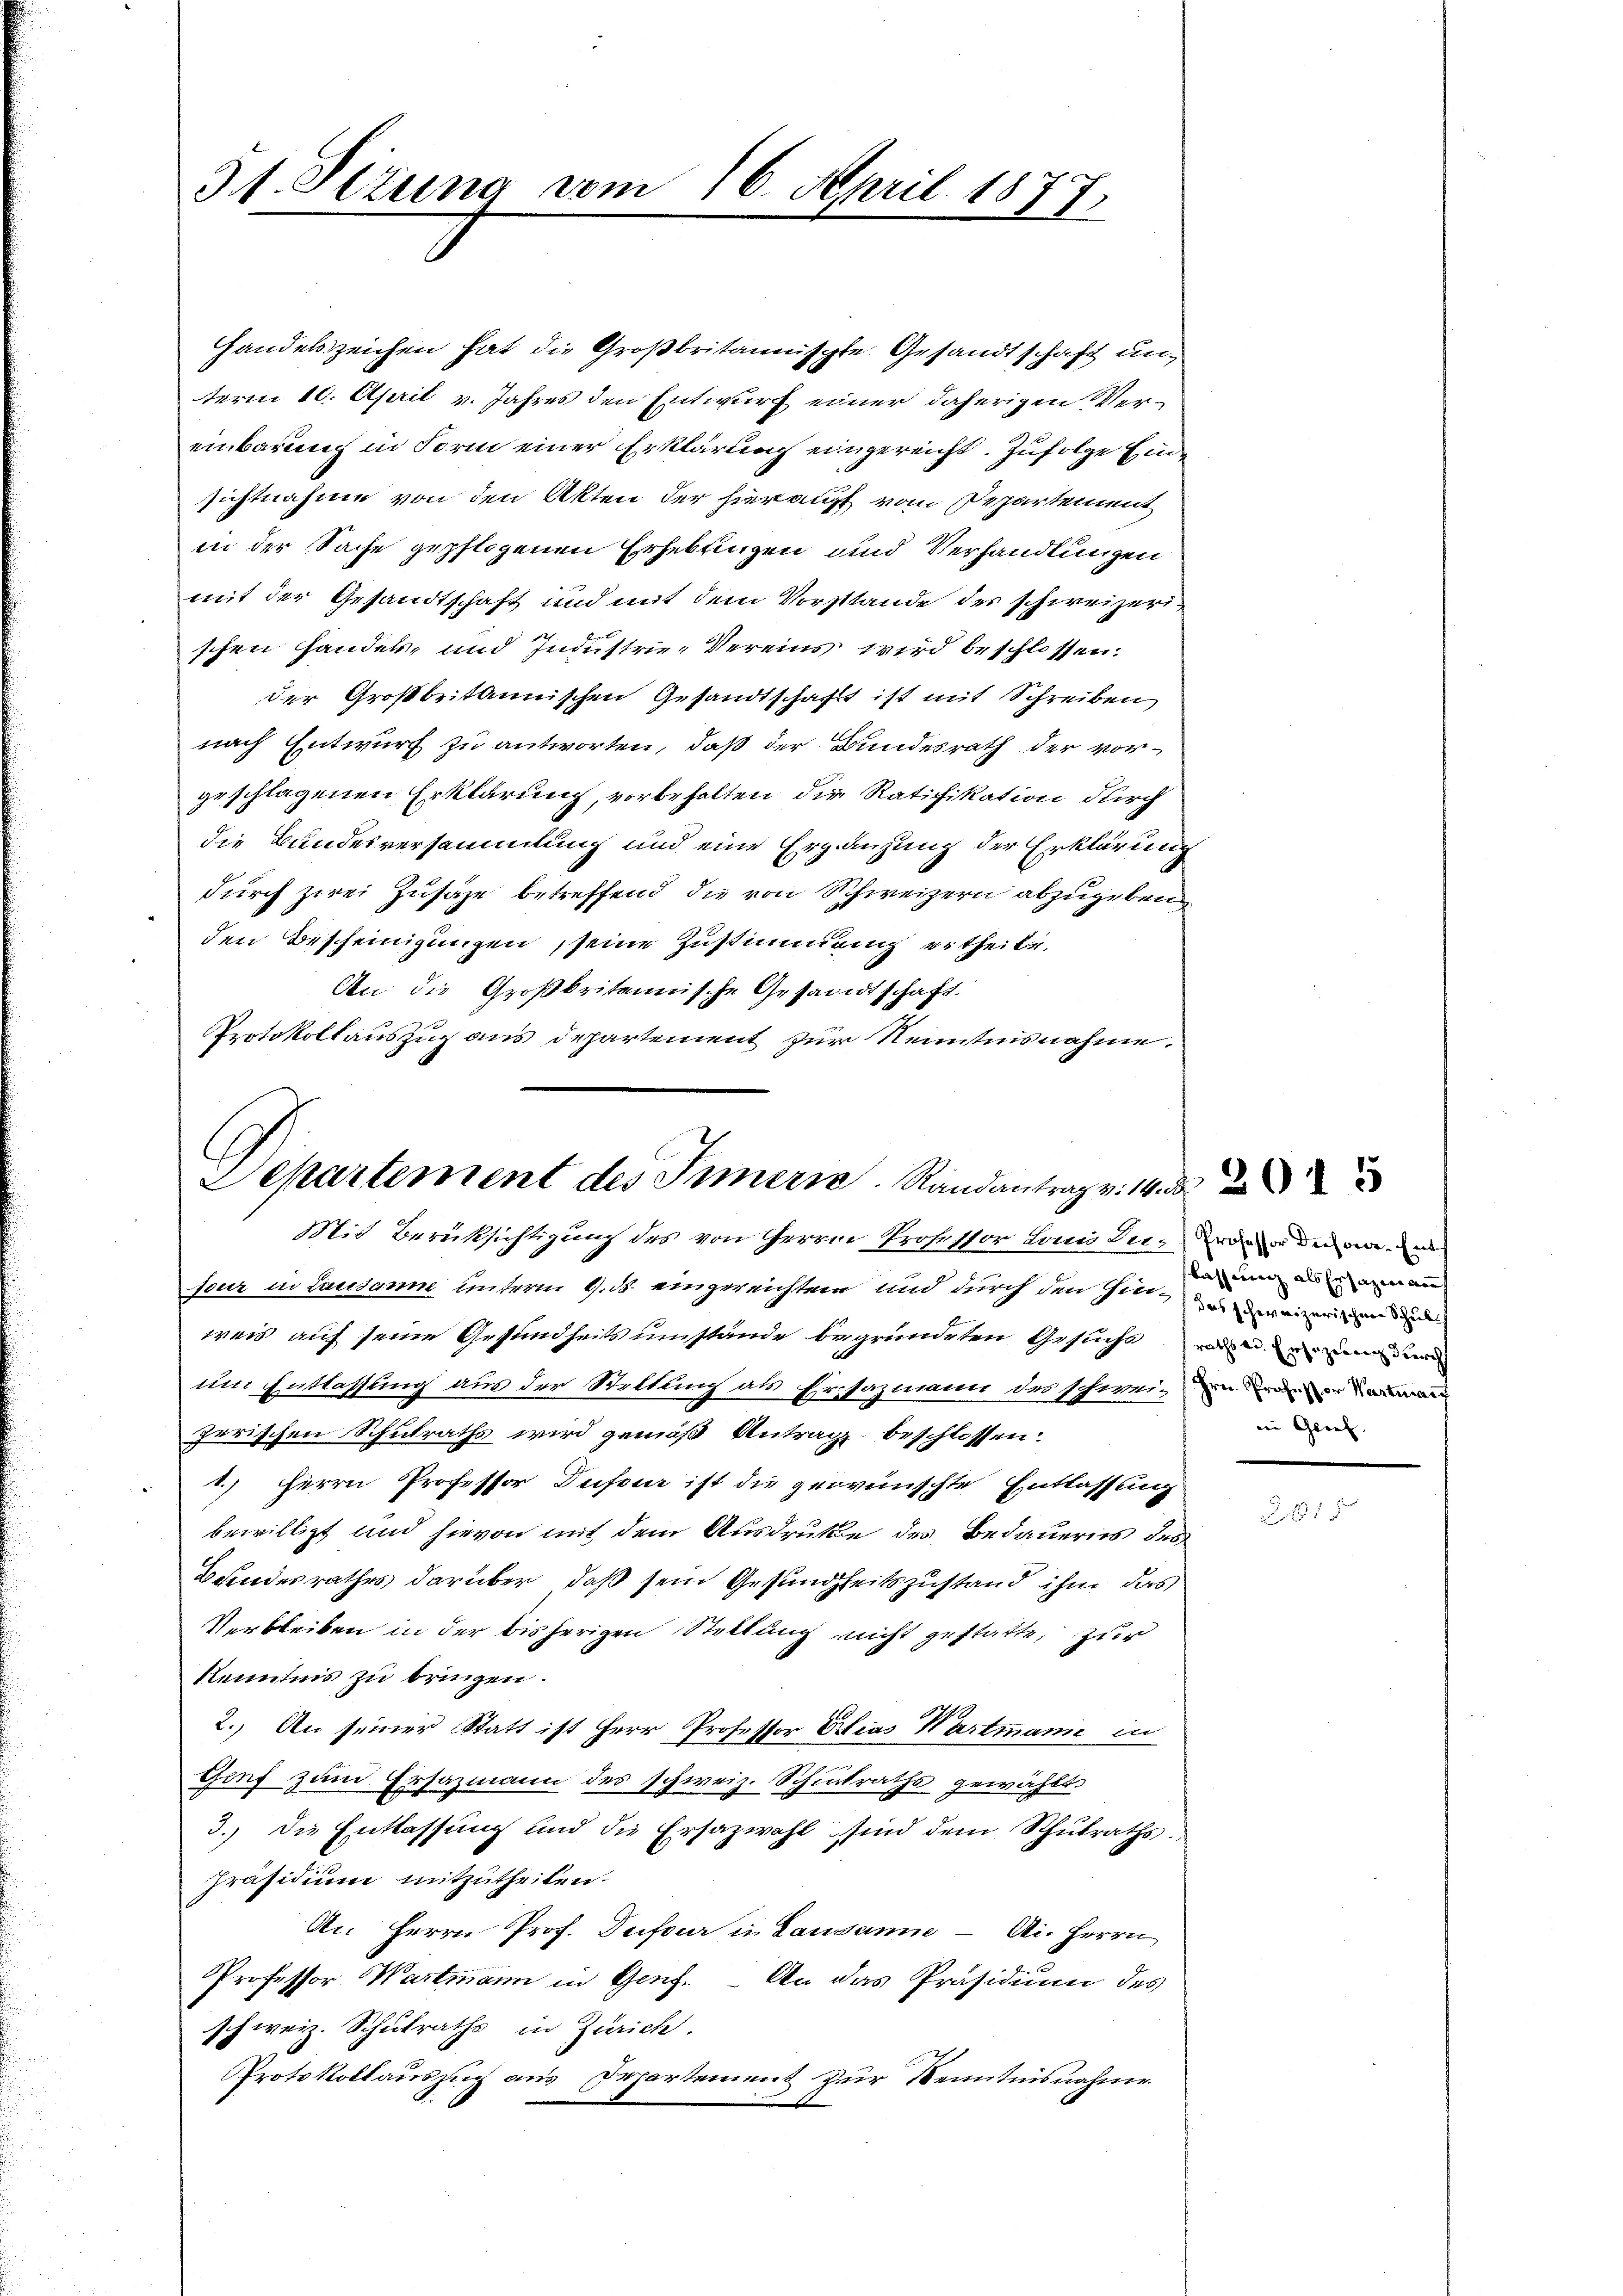
51. Setung vom 16. April 1811
7.

Handelszeichen hat die Großbritannischte Gesandtschaft unterm 10. April v. Jahres den Entwurf einer daherigen Vereinbarung in Form einer Erklärung eingereicht. Zufolge Eine
sichtnahme von den Akten der hierauff vom Departement
in der Sache gepflogenen Erhebungen und Verhandlungen
mit der Gesandtschaft und mit dem Vorstande des schweizerischen Handek, und Industrie-Vereins wird beschlossen.
der Großbritannischen Gesandtschaft ist mit Schreiben
nach Entwurf zu antworten, daß der Bundesrath der vorgeschlagenen Erklärung, vorbehalten die Ratifikation durch
die Bundesversammlung und eine Ergänzung der Erklärung
durch zwei Zusätze betreffend die von Schweizern abzugeben
den Bescheinigungen, seine Zustimmung ertheile.
An die Großbritannische Gesandtschaft.
Protokollauszug aus Departement zur Kenntnisnahme.

Departement des Innern. Randantrag v. 14. d.
Mit Berüksichtigung des von Herrn Professor Land dergenden in ei

seur in Lausanne unterm 9. ds. eingereichten und durch den hieren dreizerigendende
weis auf seine Gesundheitsumstände begründeten Gesuche einen un
um Entlassung aus der Stellung als Ersazmann des schweigen deneral
Irrischen Schulraths wird gemäß Antrag beschlossen:
2.) Herrn Professor Dufour ist die gewünschte Entlassung
bewilligt und hievon mit dem Ausdruckte des Bedauerns des
Bundesrathes darüber, daß sein Gesundheitszustand ihm das
Verbleiben in der bisherigen Stellung nicht gestatte, zur
kenntnis zu bringen.
2.) An seiner Statt ist Herr Professor Erbias Wartmann in
Genf zum Ersazmann des schweiz. Schintraths gewählt.
3.) Die Entlassung und die Ersazwahl sind dem Schŭlraths.
Präsidium mitzutheilen.
A. Herrn Prof. Dufour in Lausanne — Ai. Herrn
Professor Wartmann in Genf. An das Präsidium des
schweiz. Schulraths in Zürich.
Protokollauszug aus Departement zur Kenntnisnahme

lassung als Erzazin auf
iin Glief. |